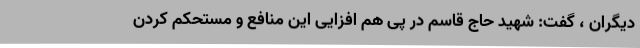
دیگران ، گفت: شهید حاج قاسم در پی هم افزایی این منافع و مستحکم کردن